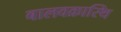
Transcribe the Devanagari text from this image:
बालवक्रास्थि